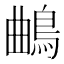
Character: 𱈦